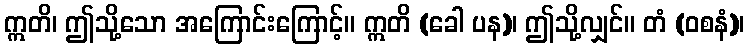
ဣတိ၊ ဤသို့သော အကြောင်းကြောင့်။ ဣတိ (ခေါ ပန)၊ ဤသို့လျှင်။ တံ (ဝစနံ)၊